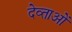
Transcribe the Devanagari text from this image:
देव्ताओं